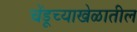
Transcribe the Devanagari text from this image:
चेंडूच्याखेळातील